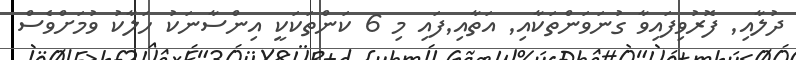
ދުލާއި